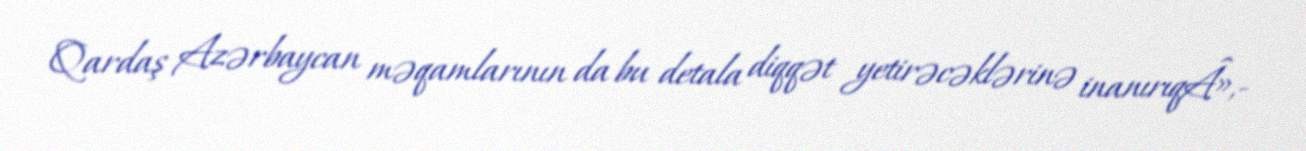
Qardaş Azərbaycan məqamlarının da bu detala diqqət yetirəcəklərinə inanırıqÂ»,-